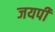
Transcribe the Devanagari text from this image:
जयपी